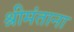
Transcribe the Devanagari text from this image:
श्रीमंताना